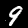
Digit: 9